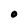
Character: 0